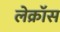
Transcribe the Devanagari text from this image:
लेक्रॉस